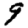
Digit: 9